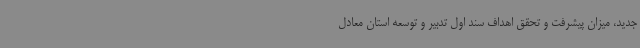
جدید، میزان پیشرفت و تحقق اهداف سند اول تدبیر و توسعه استان معادل